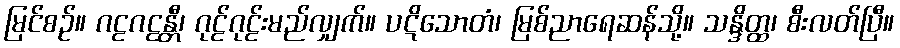
မြင်စဉ်။ ဂဠဂဠန္တီ၊ ဂုဠ်ဂုဠ်းမည်လျှက်။ ပဋိသောတံ၊ မြစ်ညာရေဆန်သို့။ သန္ဒိတ္ထ၊ စီးလတ်ပြီ။